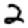
Digit: 2